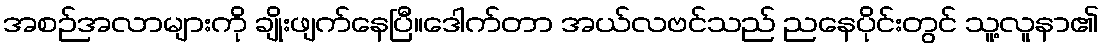
အစဉ်အလာများကို ချိုးဖျက်နေပြီ။ဒေါက်တာ အယ်လဗင်သည် ညနေပိုင်းတွင် သူ့လူနာ၏